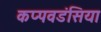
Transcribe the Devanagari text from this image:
कप्पवडंसिया